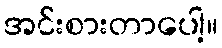
အင်းစားတာပေါ့။